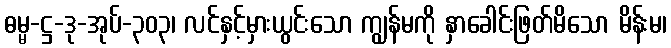
ဓမ္မ-ဋ္ဌ-ဒု-အုပ်-၃၀၃၊ လင်နှင့်မှားယွင်းသော ကျွန်မကို နှာခေါင်းဖြတ်မိသော မိန်းမ၊